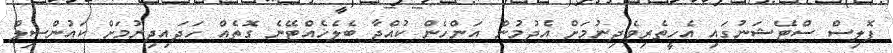
ޕޮލިސް ސްޓޭޝަނުގައި އެހީތެރިވެދިނުމަށް އެދުމުން އަންހެން ކުއްޖާ ބެލެހެއްޓޭނެ ގޮތެއް ހަދައިދިނުމަށް ކައުންސިލް